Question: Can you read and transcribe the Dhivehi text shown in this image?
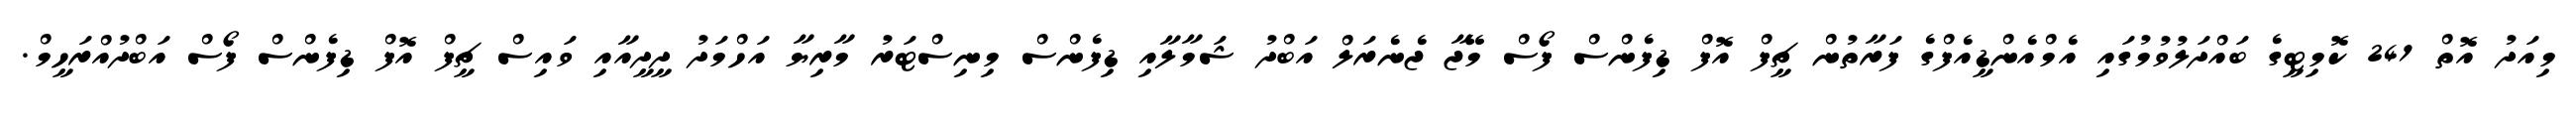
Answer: މިއަދު އޮތް 241 ކޮމިޓީގެ ބައްދަލުވުމުގައި އެމްއެންޑީއެފްގެ ފަރާތުން ޗީފް އޮފް ޑިފެންސް ފޯސް މޭޖާ ޖެނެރަލް އަބްދު ޝަމާލާއި ޑިފެންސް މިނިސްޓަރު މާރިޔާ އަހްމަދު ދީދީއާއި ވައިސް ޗީފް އޮފް ޑިފެންސް ފޯސް އަބްދުއްރަހީމް.